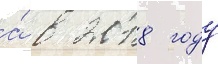
а́ в 2018 году